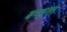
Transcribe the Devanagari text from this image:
बम्‍हना